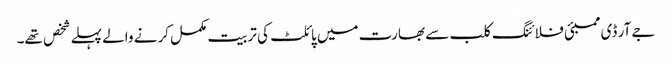
جے آر ڈی ممبئی فلائنگ کلب سے بھارت میں پائلٹ کی تربیت مکمل کرنے والے پہلے شخص تھے۔